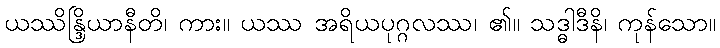
ယဿိန္ဒြိယာနီတိ၊ ကား။ ယဿ အရိယပုဂ္ဂလဿ၊ ၏။ သဒ္ဓါဒီနိ၊ ကုန်သော။